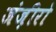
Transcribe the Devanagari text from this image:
जंज़ीरो